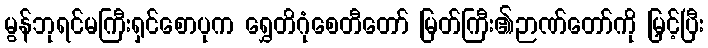
မွန်ဘုရင်မကြီးရှင်စောပုက ရွှေတိဂုံစေတီတော် မြတ်ကြီး၏ဉာဏ်တော်ကို မြှင့်ပြီး